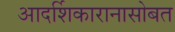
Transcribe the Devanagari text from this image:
आदर्शिकारानासोबत